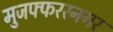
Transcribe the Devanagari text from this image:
मुजफ्फररनगर